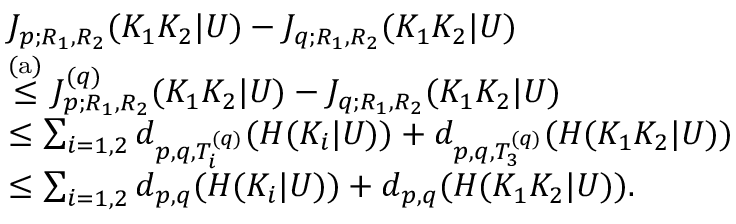
\begin{array} { r l } & { J _ { p ; R _ { 1 } , R _ { 2 } } ( K _ { 1 } K _ { 2 } | U ) - J _ { q ; R _ { 1 } , R _ { 2 } } ( K _ { 1 } K _ { 2 } | U ) } \\ & { \stackrel { \mathrm { ( a ) } } { \leq } J _ { p ; R _ { 1 } , R _ { 2 } } ^ { ( q ) } ( K _ { 1 } K _ { 2 } | U ) - J _ { q ; R _ { 1 } , R _ { 2 } } ( K _ { 1 } K _ { 2 } | U ) } \\ & { \leq \sum _ { i = 1 , 2 } d _ { p , q , { \cal T } _ { i } ^ { ( q ) } } ( H ( K _ { i } | U ) ) + d _ { p , q , { \cal T } _ { 3 } ^ { ( q ) } } ( H ( K _ { 1 } K _ { 2 } | U ) ) } \\ & { \leq \sum _ { i = 1 , 2 } d _ { p , q } ( H ( K _ { i } | U ) ) + d _ { p , q } ( H ( K _ { 1 } K _ { 2 } | U ) ) . } \end{array}